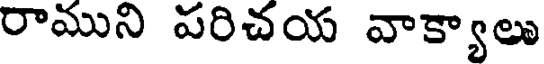
రాముని పరిచయ వాక్యాలు